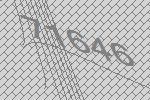
71646